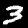
Label: 3